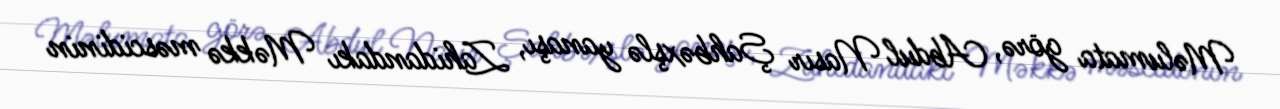
Məlumata görə, Abdul Nasır Şahbəxşlə yanaşı, Zahidandakı Məkkə məscidinin